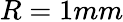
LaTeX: R=1mm